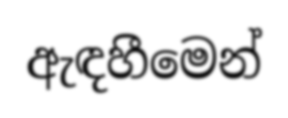
ඇඳහීමෙන්